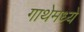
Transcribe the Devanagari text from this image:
गाथेमध्ये